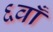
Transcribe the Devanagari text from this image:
६वाँ